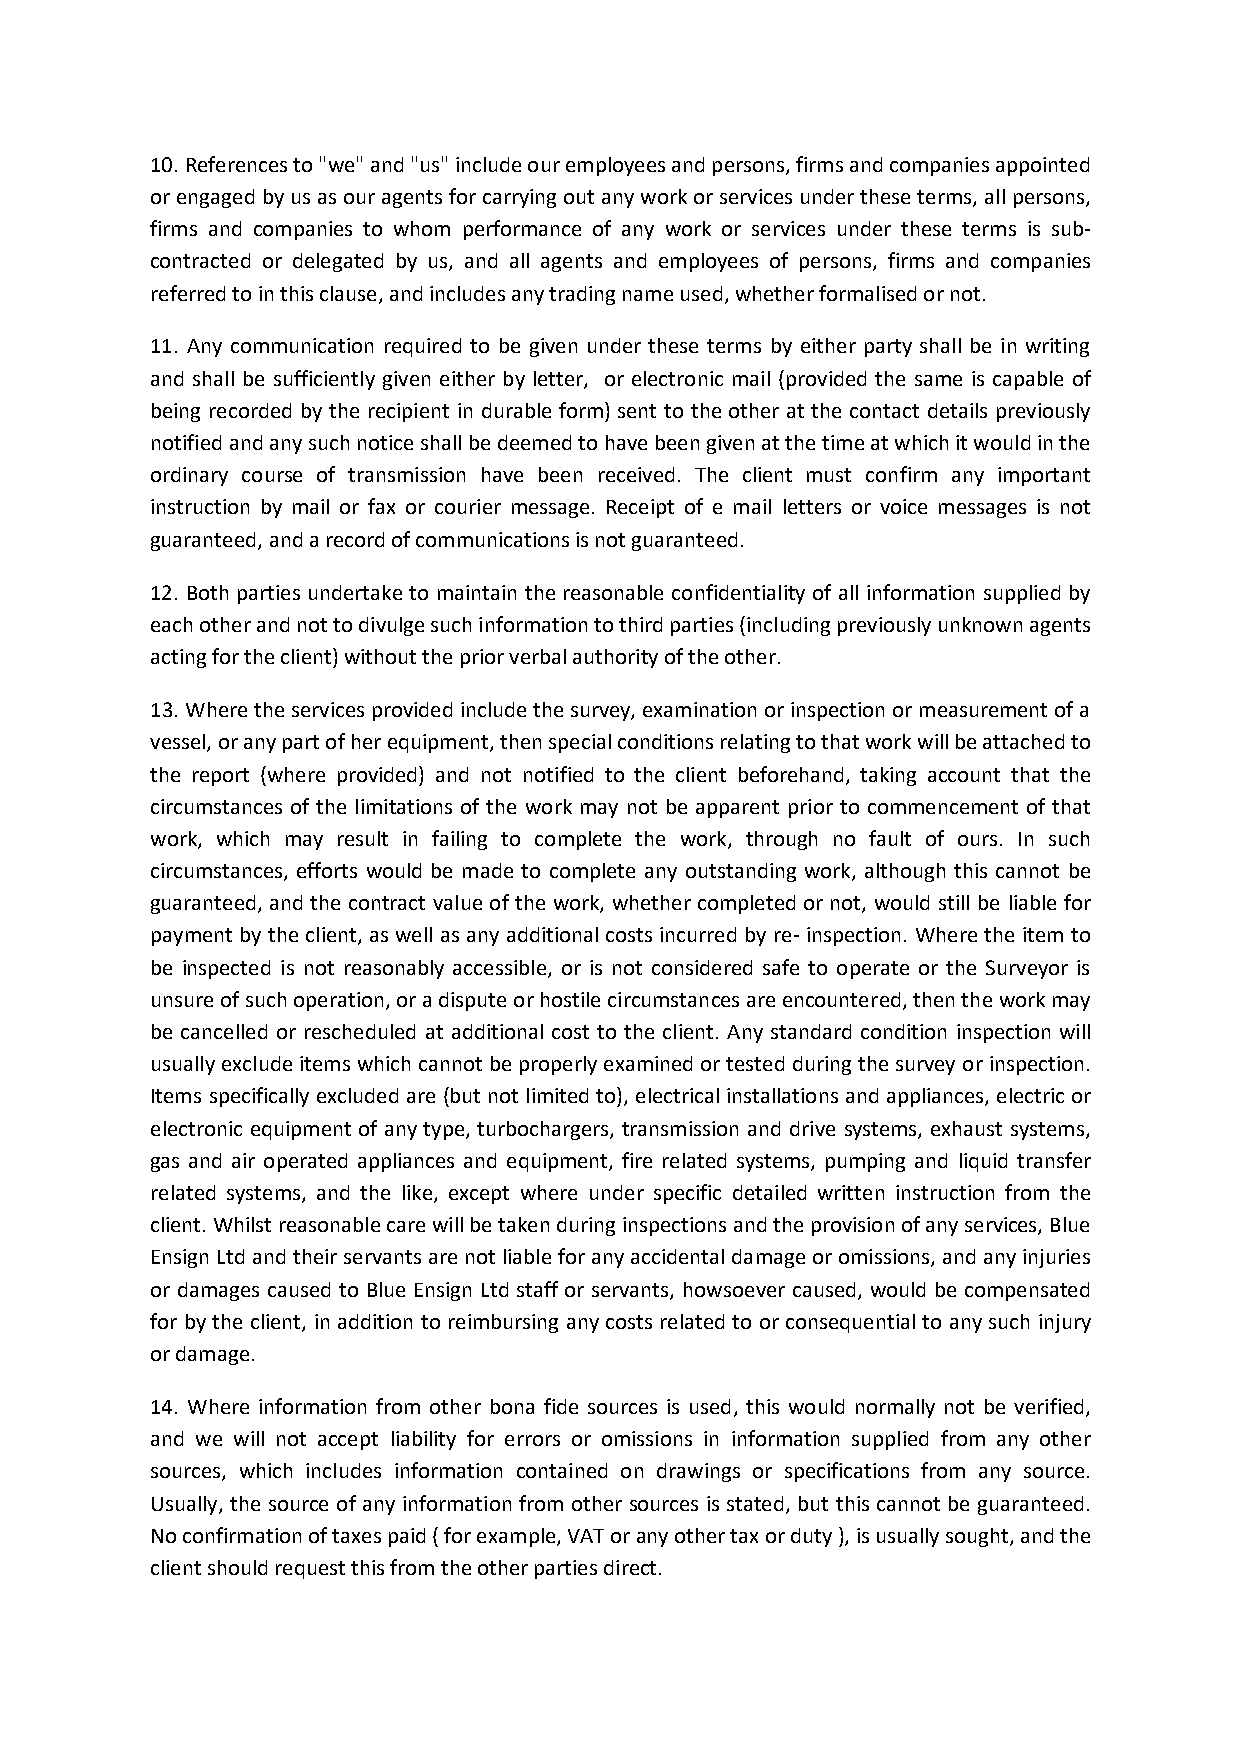
10. References to "we" and "us" include our employees and persons, firms and companies appointed
 or engaged by us as our agents for carrying out any work or services under these terms, all persons,
 firms and companies to whom performance of any work or services under these terms is sub-
 contracted or delegated by us, and all agents and employees of persons, firms and companies
 referred to in this clause, and includes any trading name used, whether formalised or not.
 11. Any communication required to be given under these terms by either party shall be in writing
 and shall be sufficiently given either by letter, or electronic mail (provided the same is capable of
 being recorded by the recipient in durable form) sent to the other at the contact details previously
 notified and any such notice shall be deemed to have been given at the time at which it would in the
 ordinary course of transmission have been received. The client must confirm any important
 instruction by mail or fax or courier message. Receipt of e mail letters or voice messages is not
 guaranteed, and a record of communications is not guaranteed.
 12. Both parties undertake to maintain the reasonable confidentiality of all information supplied by
 each other and not to divulge such information to third parties (including previously unknown agents
 acting for the client) without the prior verbal authority of the other.
 13. Where the services provided include the survey, examination or inspection or measurement of a
 vessel, or any part of her equipment, then special conditions relating to that work will be attached to
 the report (where provided) and not notified to the client beforehand, taking account that the
 circumstances of the limitations of the work may not be apparent prior to commencement of that
 work, which may result in failing to complete the work, through no fault of ours. In such
 circumstances, efforts would be made to complete any outstanding work, although this cannot be
 guaranteed, and the contract value of the work, whether completed or not, would still be liable for
 payment by the client, as well as any additional costs incurred by re- inspection. Where the item to
 be inspected is not reasonably accessible, or is not considered safe to operate or the Surveyor is
 unsure of such operation, or a dispute or hostile circumstances are encountered, then the work may
 be cancelled or rescheduled at additional cost to the client. Any standard condition inspection will
 usually exclude items which cannot be properly examined or tested during the survey or inspection.
 Items specifically excluded are (but not limited to), electrical installations and appliances, electric or
 electronic equipment of any type, turbochargers, transmission and drive systems, exhaust systems,
 gas and air operated appliances and equipment, fire related systems, pumping and liquid transfer
 related systems, and the like, except where under specific detailed written instruction from the
 client. Whilst reasonable care will be taken during inspections and the provision of any services, Blue
 Ensign Ltd and their servants are not liable for any accidental damage or omissions, and any injuries
 or damages caused to Blue Ensign Ltd staff or servants, howsoever caused, would be compensated
 for by the client, in addition to reimbursing any costs related to or consequential to any such injury
 or damage.
 14. Where information from other bona fide sources is used, this would normally not be verified,
 and we will not accept liability for errors or omissions in information supplied from any other
 sources, which includes information contained on drawings or specifications from any source.
 Usually, the source of any information from other sources is stated, but this cannot be guaranteed.
 No confirmation of taxes paid ( for example, VAT or any other tax or duty ), is usually sought, and the
 client should request this from the other parties direct.